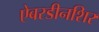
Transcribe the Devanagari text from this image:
ऐबरडीनशिर